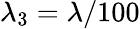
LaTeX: \lambda_{3}=\lambda/100